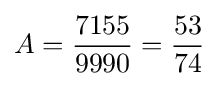
A={\frac {7155}{9990}}={\frac {53}{74}}